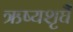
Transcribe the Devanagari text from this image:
ऋष्यशृर्घैं